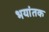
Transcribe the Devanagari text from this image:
भयांतक